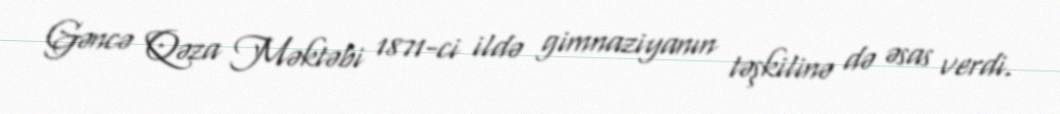
Gəncə Qəza Məktəbi 1871-ci ildə gimnaziyanın təşkilinə də əsas verdi.